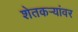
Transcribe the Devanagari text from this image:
शेतकर्‍यांवर